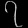
Digit: ၇